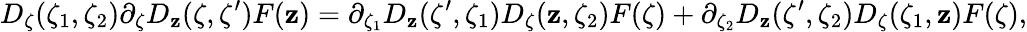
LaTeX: D_{\zeta}(\zeta_{1},\zeta_{2})\partial_{\zeta}D_{\mathbf{z}}(\zeta,\zeta^{\prime})F(\mathbf{z})=\partial_{\zeta_{1}}D_{\mathbf{z}}(\zeta^{\prime},\zeta_{1})D_{\zeta}(\mathbf{z},\zeta_{2})F(\zeta)+\partial_{\zeta_{2}}D_{\mathbf{z}}(\zeta^{\prime},\zeta_{2})D_{\zeta}(\zeta_{1},\mathbf{z})F(\zeta),